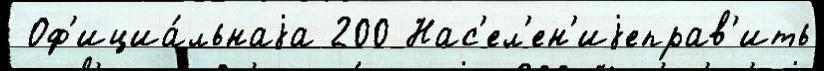
 Оф'ициа́льнаjа 200 Нас'ел'ен'иjеправ'ить